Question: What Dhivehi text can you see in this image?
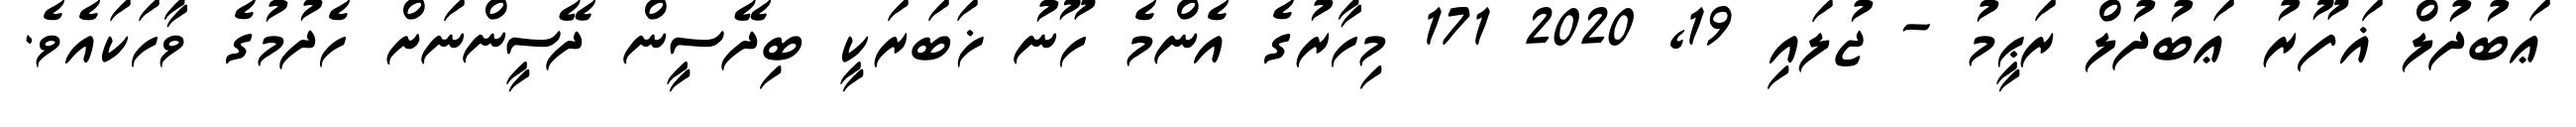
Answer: ޢަބުދުލް ޣަފޫރު ޢަބުދުލް ރަޙީމު - ޖުލައި 19, 2020 171 މިހާރުގެ އެންމެ ހޫނު ޚަބަރަކީ ބިދޭސީން ދޭސީންނަށް ހެދުމުގެ ވާހަކައެވެ.